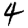
Digit: 4